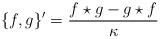
LaTeX: \begin{align*}\{f,g\}^\prime = {f\star g - g \star f\over \kappa}\end{align*}